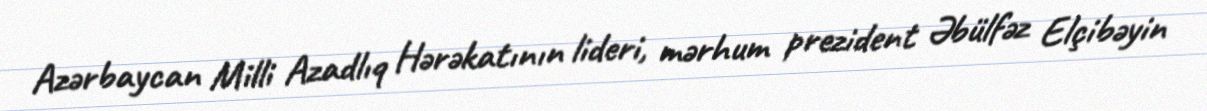
Azərbaycan Milli Azadlıq Hərəkatının lideri, mərhum prezident Əbülfəz Elçibəyin